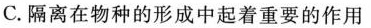
C.隔离在物种的形成中起着重要的作用